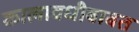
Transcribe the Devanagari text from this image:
कालावधीबाबत